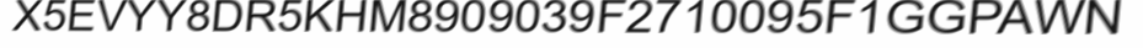
X5EVYY8DR5KHM8909039F2710095F1GGPAWN